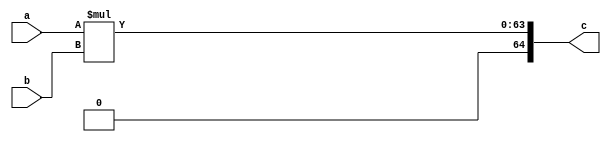
`timescale 1ns / 1ps
//////////////////////////////////////////////////////////////////////////////////
// Company: 
// Engineer: 
// 
// Design Name: 
// Module Name: design_1_mul
// Project Name: 
// Target Devices: 
// Tool Versions: 
// Description: 
// 
// Dependencies: 
// 
// Revision:
// Revision 0.01 - File Created
// Additional Comments:
// 
//////////////////////////////////////////////////////////////////////////////////


module design_1_mul #(parameter DataWidth = 32)(
    input [DataWidth-1:0] a,
    input [DataWidth-1:0] b,
    output reg [(2*DataWidth):0] c
    );
    
    always @(*)
    begin
          c = a * b;
    end
endmodule